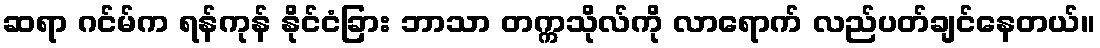
ဆရာ ဂင်မ်က ရန်ကုန် နိုင်ငံခြား ဘာသာ တက္ကသိုလ်ကို လာရောက် လည်ပတ်ချင်နေတယ်။